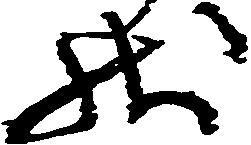
状